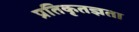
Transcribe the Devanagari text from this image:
प्रतिकृतज्ञता